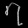
Digit: ၇